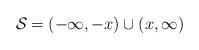
LaTeX: \begin{align*} \mathcal{S}_{}=(-\infty,-x)\cup(x,\infty)\end{align*}